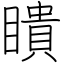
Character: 瞶